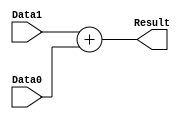
/******************************************************************
 * Description
 *  This is a an adder that can be parameterized in its bit-width.
 *  1.0
 * Author:
 *  Alejandro Rios Jasso
 *  Javier Ochoa Pardo
 * email:
 *  is708932@iteso.mx
 *  is702811@iteso.mx
 * Date:
 *  05/04/2019
 ******************************************************************/

module Adder32bits #(parameter NBits = 32)
                    (input [NBits-1:0] Data0,
                     input [NBits-1:0] Data1,
                     output [NBits-1:0] Result);
    
    assign Result = Data1 + Data0;
    
endmodule